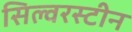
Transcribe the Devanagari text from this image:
सिल्वरस्टीन